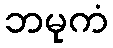
ဘမုကံ